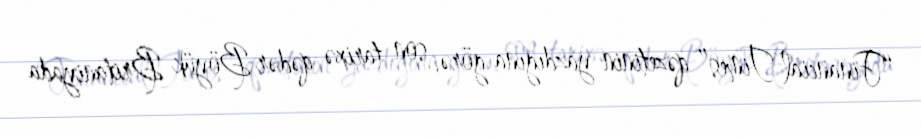
“Financial Times” qəzetinin yazdığına görə, son tarixə qədər Böyük Britaniyada